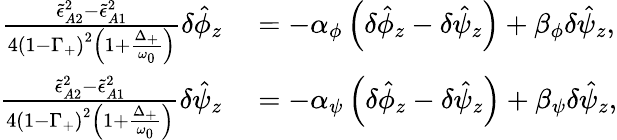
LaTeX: \begin{array}{rl}{\frac{\tilde{\epsilon}_{A2}^{2}-\tilde{\epsilon}_{A1}^{2}}{4\left(1-\Gamma_{+}\right)^{2}\left(1+\frac{\Delta_{+}}{\omega_{0}}\right)}\delta\hat{\phi}_{z}}&{{}=-\alpha_{\phi}\left(\delta\hat{\phi}_{z}-\delta\hat{\psi}_{z}\right)+\beta_{\phi}\delta\hat{\psi}_{z},}\\ {\frac{\tilde{\epsilon}_{A2}^{2}-\tilde{\epsilon}_{A1}^{2}}{4\left(1-\Gamma_{+}\right)^{2}\left(1+\frac{\Delta_{+}}{\omega_{0}}\right)}\delta\hat{\psi}_{z}}&{{}=-\alpha_{\psi}\left(\delta\hat{\phi}_{z}-\delta\hat{\psi}_{z}\right)+\beta_{\psi}\delta\hat{\psi}_{z},}\end{array}